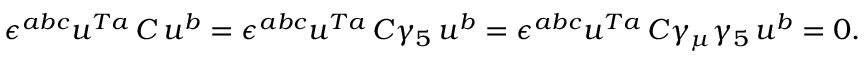
\epsilon ^ { a b c } u ^ { T a } \, C \, u ^ { b } = \epsilon ^ { a b c } u ^ { T a } \, C \gamma _ { 5 } \, u ^ { b } = \epsilon ^ { a b c } u ^ { T a } \, C \gamma _ { \mu } \gamma _ { 5 } \, u ^ { b } = 0 .